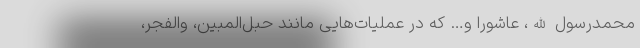
محمدرسول الله، عاشورا و… که در عملیات‌هایی مانند حبل‌المبین، والفجر،